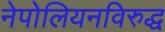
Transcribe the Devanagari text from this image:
नेपोलियनविरुद्ध